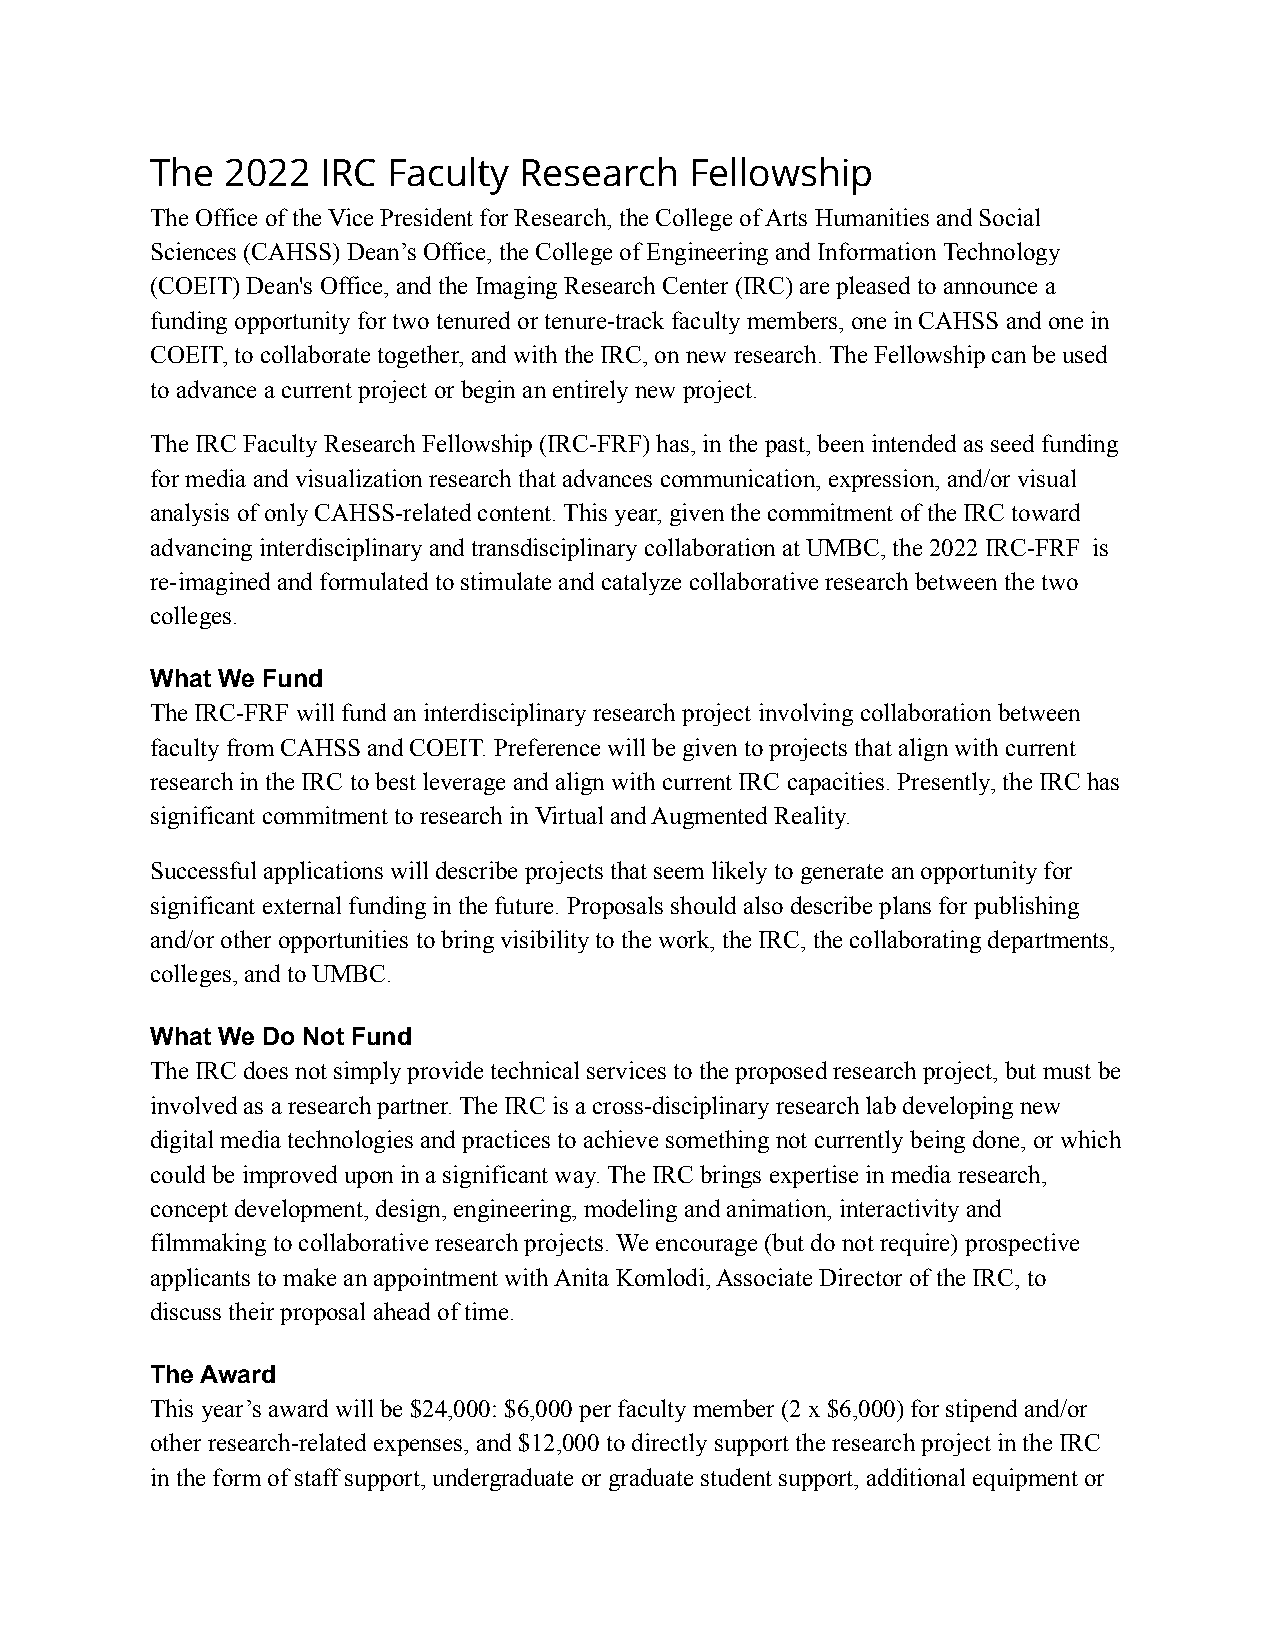
The  2022  IRC  Faculty Research    Fellowship
 The Office of the Vice President for Research, the College of Arts Humanities and Social
 Sciences (CAHSS) Dean’s Office, the College of Engineering and Information Technology
 (COEIT) Dean's Office, and the Imaging Research Center (IRC) are pleased to announce a
 funding opportunity for two tenured or tenure-track faculty members, one in CAHSS and one in
 COEIT, to collaborate together, and with the IRC, on new research. The Fellowship can be used
 to advance a current project or begin an entirely new project.
 The IRC Faculty Research Fellowship (IRC-FRF) has, in the past, been intended as seed funding
 for media and visualization research that advances communication, expression, and/or visual
 analysis of only CAHSS-related content. This year, given the commitment of the IRC toward
 advancing interdisciplinary and transdisciplinary collaboration at UMBC, the 2022 IRC-FRF is
 re-imagined and formulated to stimulate and catalyze collaborative research between the two
 colleges.
 What We Fund
 The IRC-FRF will fund an interdisciplinary research project involving collaboration between
 faculty from CAHSS and COEIT. Preference will be given to projects that align with current
 research in the IRC to best leverage and align with current IRC capacities. Presently, the IRC has
 significant commitment to research in Virtual and Augmented Reality.
 Successful applications will describe projects that seem likely to generate an opportunity for
 significant external funding in the future. Proposals should also describe plans for publishing
 and/or other opportunities to bring visibility to the work, the IRC, the collaborating departments,
 colleges, and to UMBC.
 What We Do Not Fund
 The IRC does not simply provide technical services to the proposed research project, but must be
 involved as a research partner. The IRC is a cross-disciplinary research lab developing new
 digital media technologies and practices to achieve something not currently being done, or which
 could be improved upon in a significant way. The IRC brings expertise in media research,
 concept development, design, engineering, modeling and animation, interactivity and
 filmmaking to collaborative research projects. We encourage (but do not require) prospective
 applicants to make an appointment with Anita Komlodi, Associate Director of the IRC, to
 discuss their proposal ahead of time.
 The Award
 This year’s award will be $24,000: $6,000 per faculty member (2 x $6,000) for stipend and/or
 other research-related expenses, and $12,000 to directly support the research project in the IRC
 in the form of staff support, undergraduate or graduate student support, additional equipment or